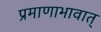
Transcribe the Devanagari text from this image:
प्रमाणाभावात्